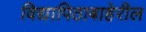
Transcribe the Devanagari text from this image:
विद्यापिठाबाहेरील